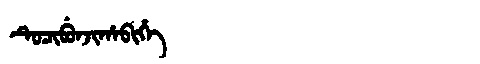
Manchu: ᡨᡠᠴᡳᠪᡠᠨᠵᡳᡥᠠᠪᡳᡥᡝ
Romanization: TUCIBUNJIHABIHE